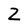
Character: Z